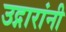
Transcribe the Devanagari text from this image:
उद्गारांनी